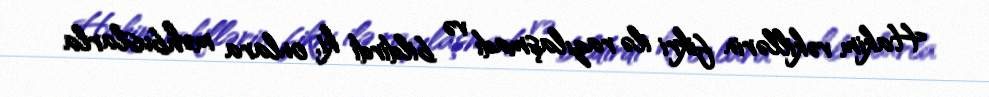
Hakim vəkillərin fikri ilə razılaşmadı və bildirdi ki, onlara məhbuslarla